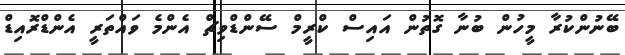
ބޭނުންކުރާ މީހުން ބުނާ ގޮތުން އައިސް ކްރީމް ސޭންޑްވިޗް އެންމެ ވައްތަރީ އެންޑްރޮއިޑް